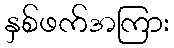
နှစ်ဖက်အကြား